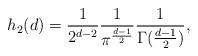
LaTeX: \begin{align*}h_{2}(d)=\frac{1}{2^{d-2}}\frac{1}{\pi^{\frac{d-1}{2}}}\frac{1}{\Gamma(\frac{d-1}{2})},\end{align*}